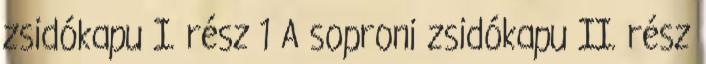
zsidókapu I. rész 1 A soproni zsidókapu II. rész